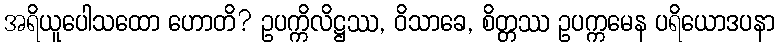
အရိယူပေါသထော ဟောတိ? ဥပက္ကိလိဋ္ဌဿ, ဝိသာခေ, စိတ္တဿ ဥပက္ကမေန ပရိယောဒပနာ